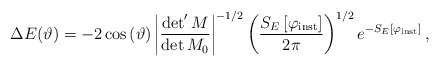
\begin{align*}\Delta E(\vartheta )=-2\cos \left( \vartheta \right) \left| \frac{\det 'M}{\det M_{0}}\right| ^{-1/2}\left( \frac{S_{E}\left[ \varphi _{\mathrm{inst}}\right] }{2\pi }\right) ^{1/2}e^{-S_{E}\left[ \varphi _{\mathrm{inst}}\right] }\,,\end{align*}